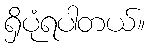
ရှိပုံရပါတယ်။